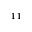
_ { 1 1 }